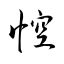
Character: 悾